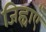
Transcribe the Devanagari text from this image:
जिह्वाएँ